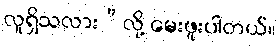
လူရှိသလား”လို့ မေးဖူးပါတယ်။